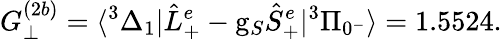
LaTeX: G_{\perp}^{(2b)}=\langle^{3}\Delta_{1}|\hat{L}_{+}^{e}-\mathrm{g}_{S}\hat{S}_{+}^{e}|^{3}\Pi_{0^{-}}\rangle=1.5524.